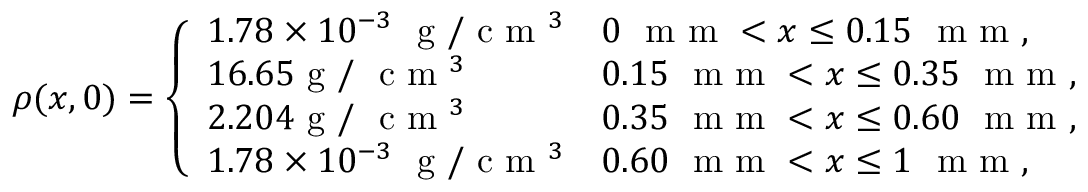
\rho ( x , 0 ) = \left\{ \begin{array} { l l } { 1 . 7 8 \times 1 0 ^ { - 3 } ~ \mathrm { ~ g ~ } / \mathrm { ~ c ~ m ~ } ^ { 3 } } & { 0 ~ \mathrm { ~ m ~ m ~ } < x \leq 0 . 1 5 ~ \mathrm { ~ m ~ m ~ } , } \\ { 1 6 . 6 5 \mathrm { ~ g ~ } / ~ \mathrm { ~ c ~ m ~ } ^ { 3 } } & { 0 . 1 5 ~ \mathrm { ~ m ~ m ~ } < x \leq 0 . 3 5 ~ \mathrm { ~ m ~ m ~ } , } \\ { 2 . 2 0 4 \mathrm { ~ g ~ } / ~ \mathrm { ~ c ~ m ~ } ^ { 3 } } & { 0 . 3 5 ~ \mathrm { ~ m ~ m ~ } < x \leq 0 . 6 0 ~ \mathrm { ~ m ~ m ~ } , } \\ { 1 . 7 8 \times 1 0 ^ { - 3 } ~ \mathrm { ~ g ~ } / \mathrm { ~ c ~ m ~ } ^ { 3 } } & { 0 . 6 0 ~ \mathrm { ~ m ~ m ~ } < x \leq 1 ~ \mathrm { ~ m ~ m ~ } , } \end{array} \right.